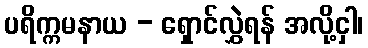
ပရိက္ကမနာယ - ရှောင်လွှဲရန် အလို့ငှါ၊